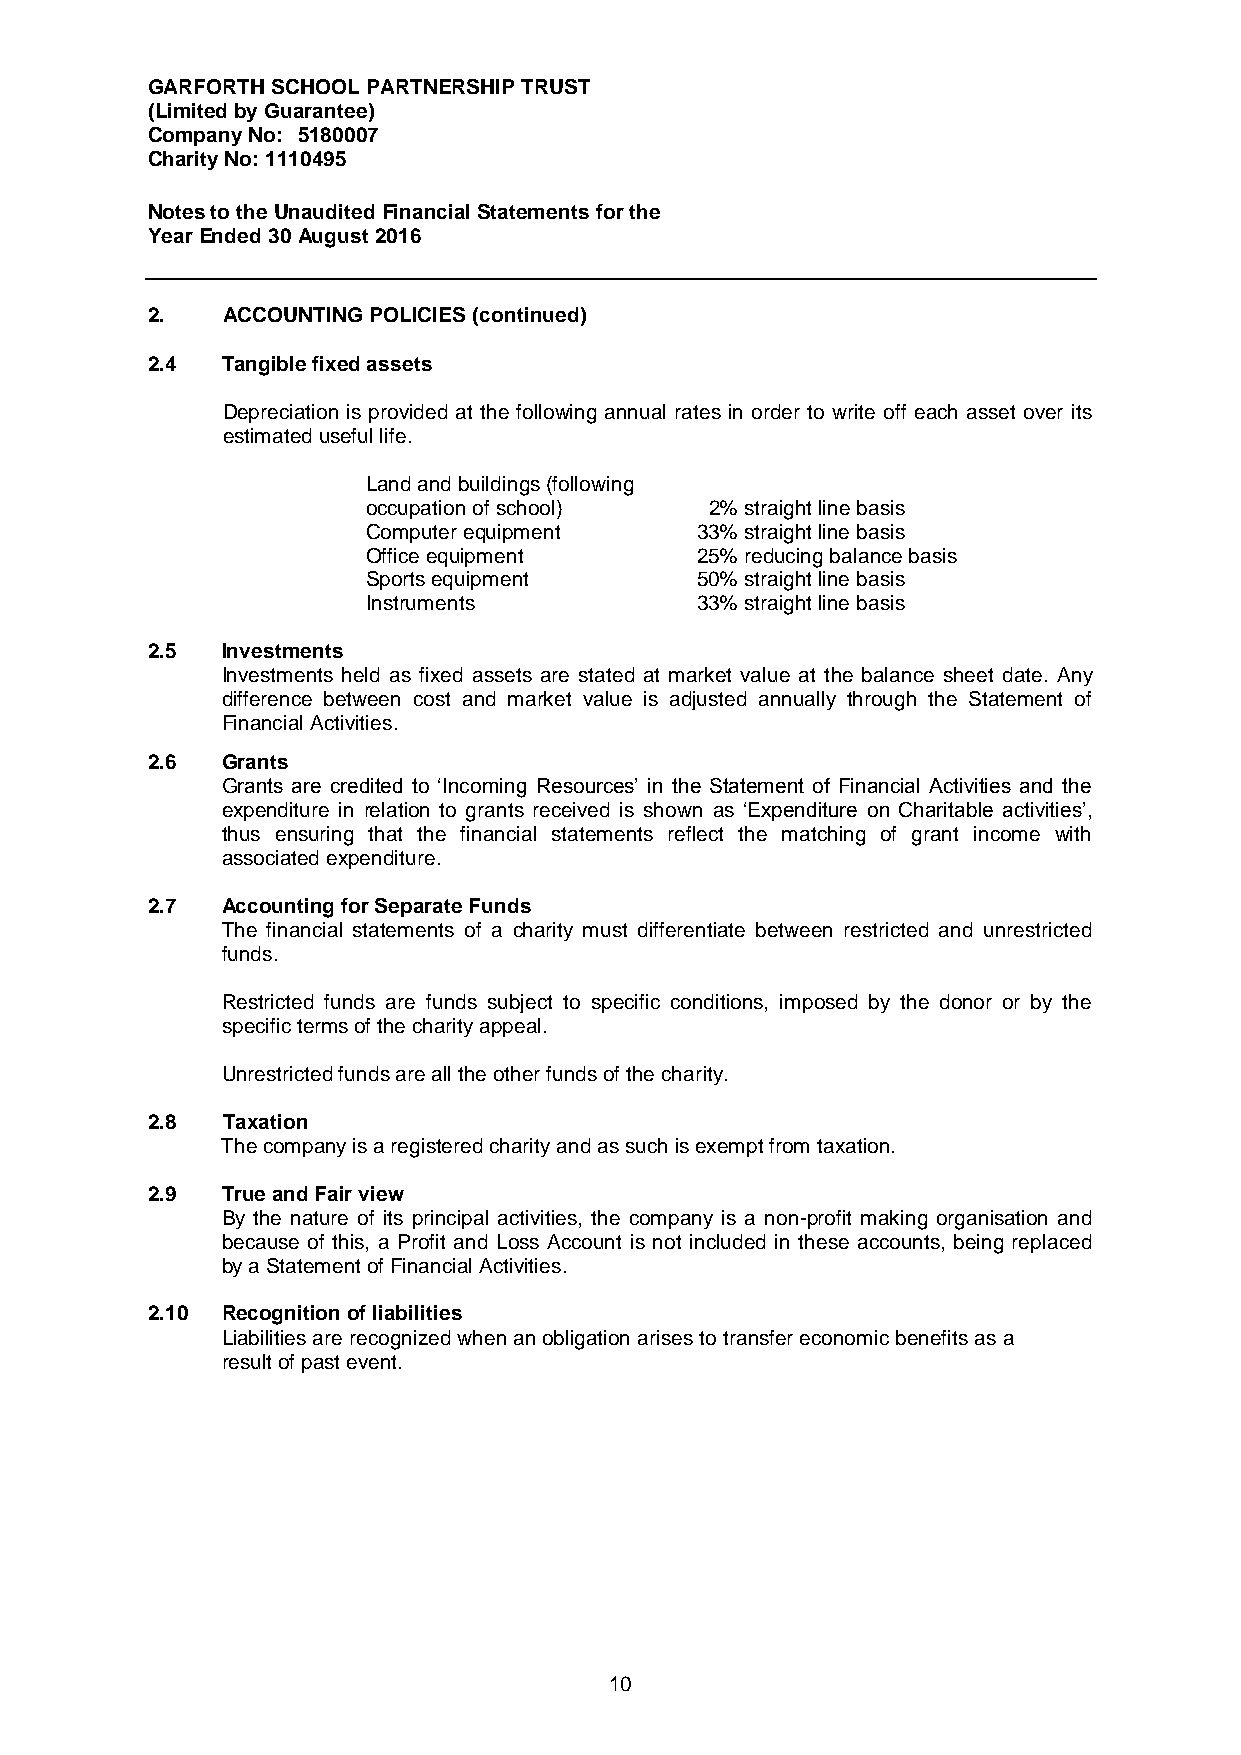
GARFORTH SCHOOL PARTNERSHIP TRUST
 (Limited by Guarantee)
 Company No: 5180007
 Charity No: 1110495
 Notes to the Unaudited Financial Statements for the
 Year Ended 30 August 2016
 2.   ACCOUNTING POLICIES (continued)
 2.4  Tangible fixed assets
 Depreciation is provided at the following annual rates in order to write off each asset over its
 estimated useful life.
 Land and buildings (following
 occupation of school)  2% straight line basis
 Computer equipment    33% straight line basis
 Office equipment      25% reducing balance basis
 Sports equipment      50% straight line basis
 Instruments           33% straight line basis
 2.5  Investments
 Investments held as fixed assets are stated at market value at the balance sheet date. Any
 difference between cost and market value is adjusted annually through the Statement of
 Financial Activities.
 2.6  Grants
 Grants are credited to ‘Incoming Resources’ in the Statement of Financial Activities and the
 expenditure in relation to grants received is shown as ‘Expenditure on Charitable activities’,
 thus ensuring that the financial statements reflect the matching of grant income with
 associated expenditure.
 2.7  Accounting for Separate Funds
 The financial statements of a charity must differentiate between restricted and unrestricted
 funds.
 Restricted funds are funds subject to specific conditions, imposed by the donor or by the
 specific terms of the charity appeal.
 Unrestricted funds are all the other funds of the charity.
 2.8  Taxation
 The company is a registered charity and as such is exempt from taxation.
 2.9  True and Fair view
 By the nature of its principal activities, the company is a non-profit making organisation and
 because of this, a Profit and Loss Account is not included in these accounts, being replaced
 by a Statement of Financial Activities.
 2.10 Recognition of liabilities
 Liabilities are recognized when an obligation arises to transfer economic benefits as a
 result of past event.
 10